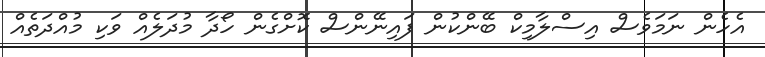
އެހެން ނަމަވެސް އިސްލާމިކް ބޭންކުން ފައިނޭންސް ކޮށްގެން ހޯދާ މުދަލެއް ވަކި މުއްދަތެއް